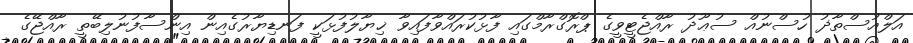
އަލްއުސްތާޛު ހުސްނުއް ސުޢޫދު ރާއްޖެޓީވީގެ ޕްރޮގްރާމްގައި ފާޅުކުރައްވާފައިވާ ޚިޔާލުފުޅަކީ ފަނޑިޔާރުގެއިން އިންސާފުނުލިބޭތީ ރާއްޖޭގެ